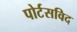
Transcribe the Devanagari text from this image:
पोर्टसविद